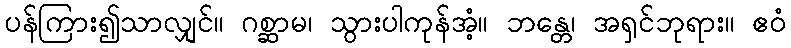
ပန်ကြား၍သာလျှင်။ ဂစ္ဆာမ၊ သွားပါကုန်အံ့။ ဘန္တေ၊ အရှင်ဘုရား။ ဧဝံ